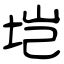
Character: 垲